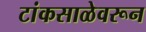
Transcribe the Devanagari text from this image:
टांकसाळेवरून